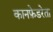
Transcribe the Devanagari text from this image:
कानफ़ेडरेता